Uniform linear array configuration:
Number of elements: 24
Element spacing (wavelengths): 0.25
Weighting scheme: blackman
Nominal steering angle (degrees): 0
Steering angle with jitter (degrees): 1.795
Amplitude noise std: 0.05
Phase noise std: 0.05

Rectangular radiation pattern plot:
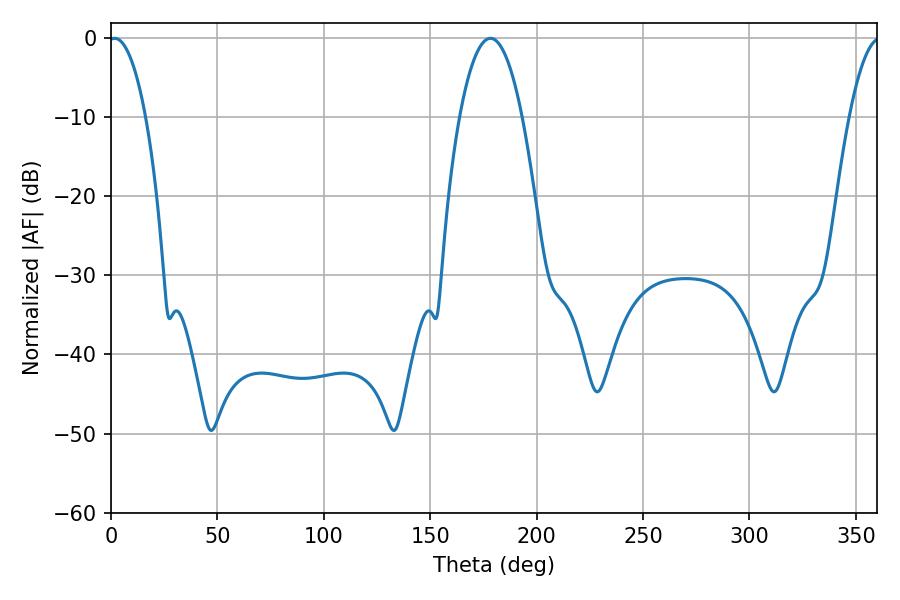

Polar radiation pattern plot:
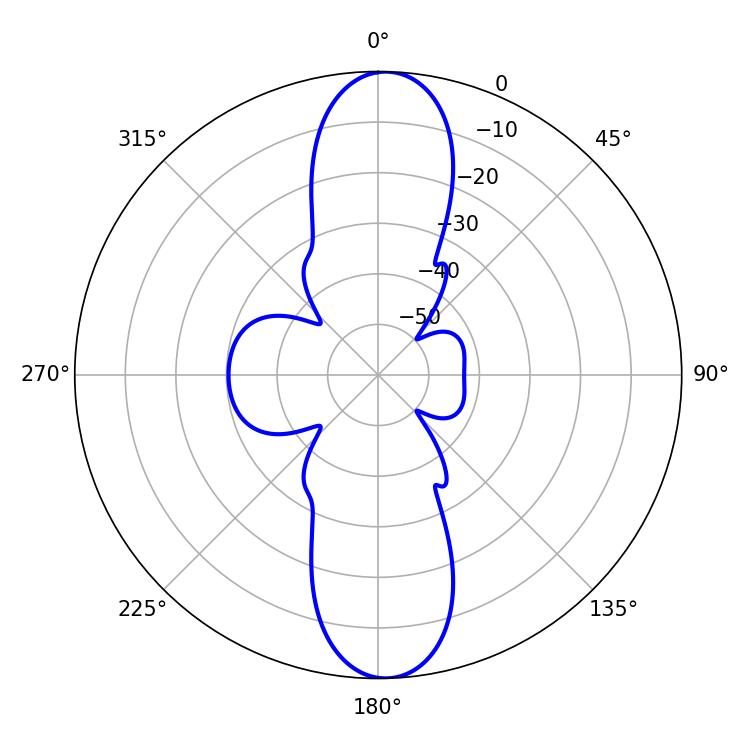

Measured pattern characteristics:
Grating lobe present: FALSE
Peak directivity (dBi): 21.042
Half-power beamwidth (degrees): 9.72
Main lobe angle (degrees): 1.62